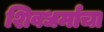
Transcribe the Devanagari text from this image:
शिवधर्माचा